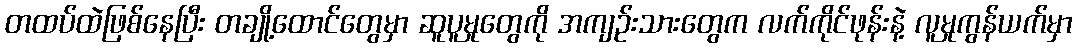
တထပ်ထဲဖြစ်နေပြီး တချို့ထောင်တွေမှာ ဆူပူမှုတွေကို အကျဉ်းသားတွေက လက်ကိုင်ဖုန်းနဲ့ လူမှုကွန်ယက်မှာ